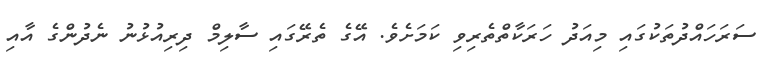
ސަރަހައްދުތަކުގައި މިއަދު ހަަރަކާތްތެރިވި ކަމަށެވެ. އޭގެ ތެރޭގައި ސާލިމް ދިރިއުޅުނު ނެދުންގެ އާއި